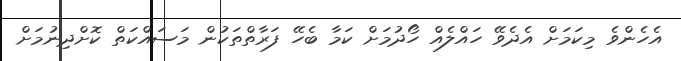
އެހެންވެ މިކަމަށް އެދެވޭ ހައްލެއް ހޯދުމަށް ކަމާ ބެހޭ ފަރާތްތަކުން މަސައްކަތް ކޮށްދިނުމަށް